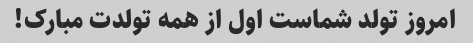
امروز تولد شماست اول از همه تولدت مبارک!